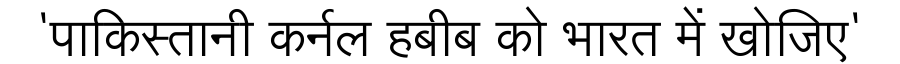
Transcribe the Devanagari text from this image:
'पाकिस्तानी कर्नल हबीब को भारत में खोजिए'